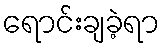
ရောင်းချခဲ့ရာ